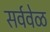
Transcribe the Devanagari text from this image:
सर्ववेळ